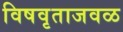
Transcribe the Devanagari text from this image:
विषवृताजवळ